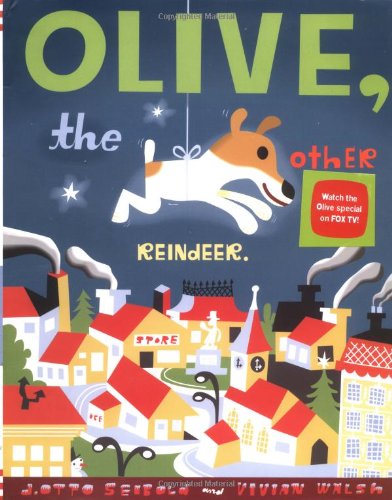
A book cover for Olive, the Other Reindeer; Vivian Walsh; Children's Books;